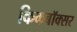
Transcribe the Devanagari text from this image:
किकबॉक्सर